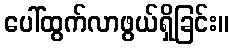
ပေါ်ထွက်လာဖွယ်ရှိခြင်း။